Kassari_(Keina)_vallavalitsus, lk 31
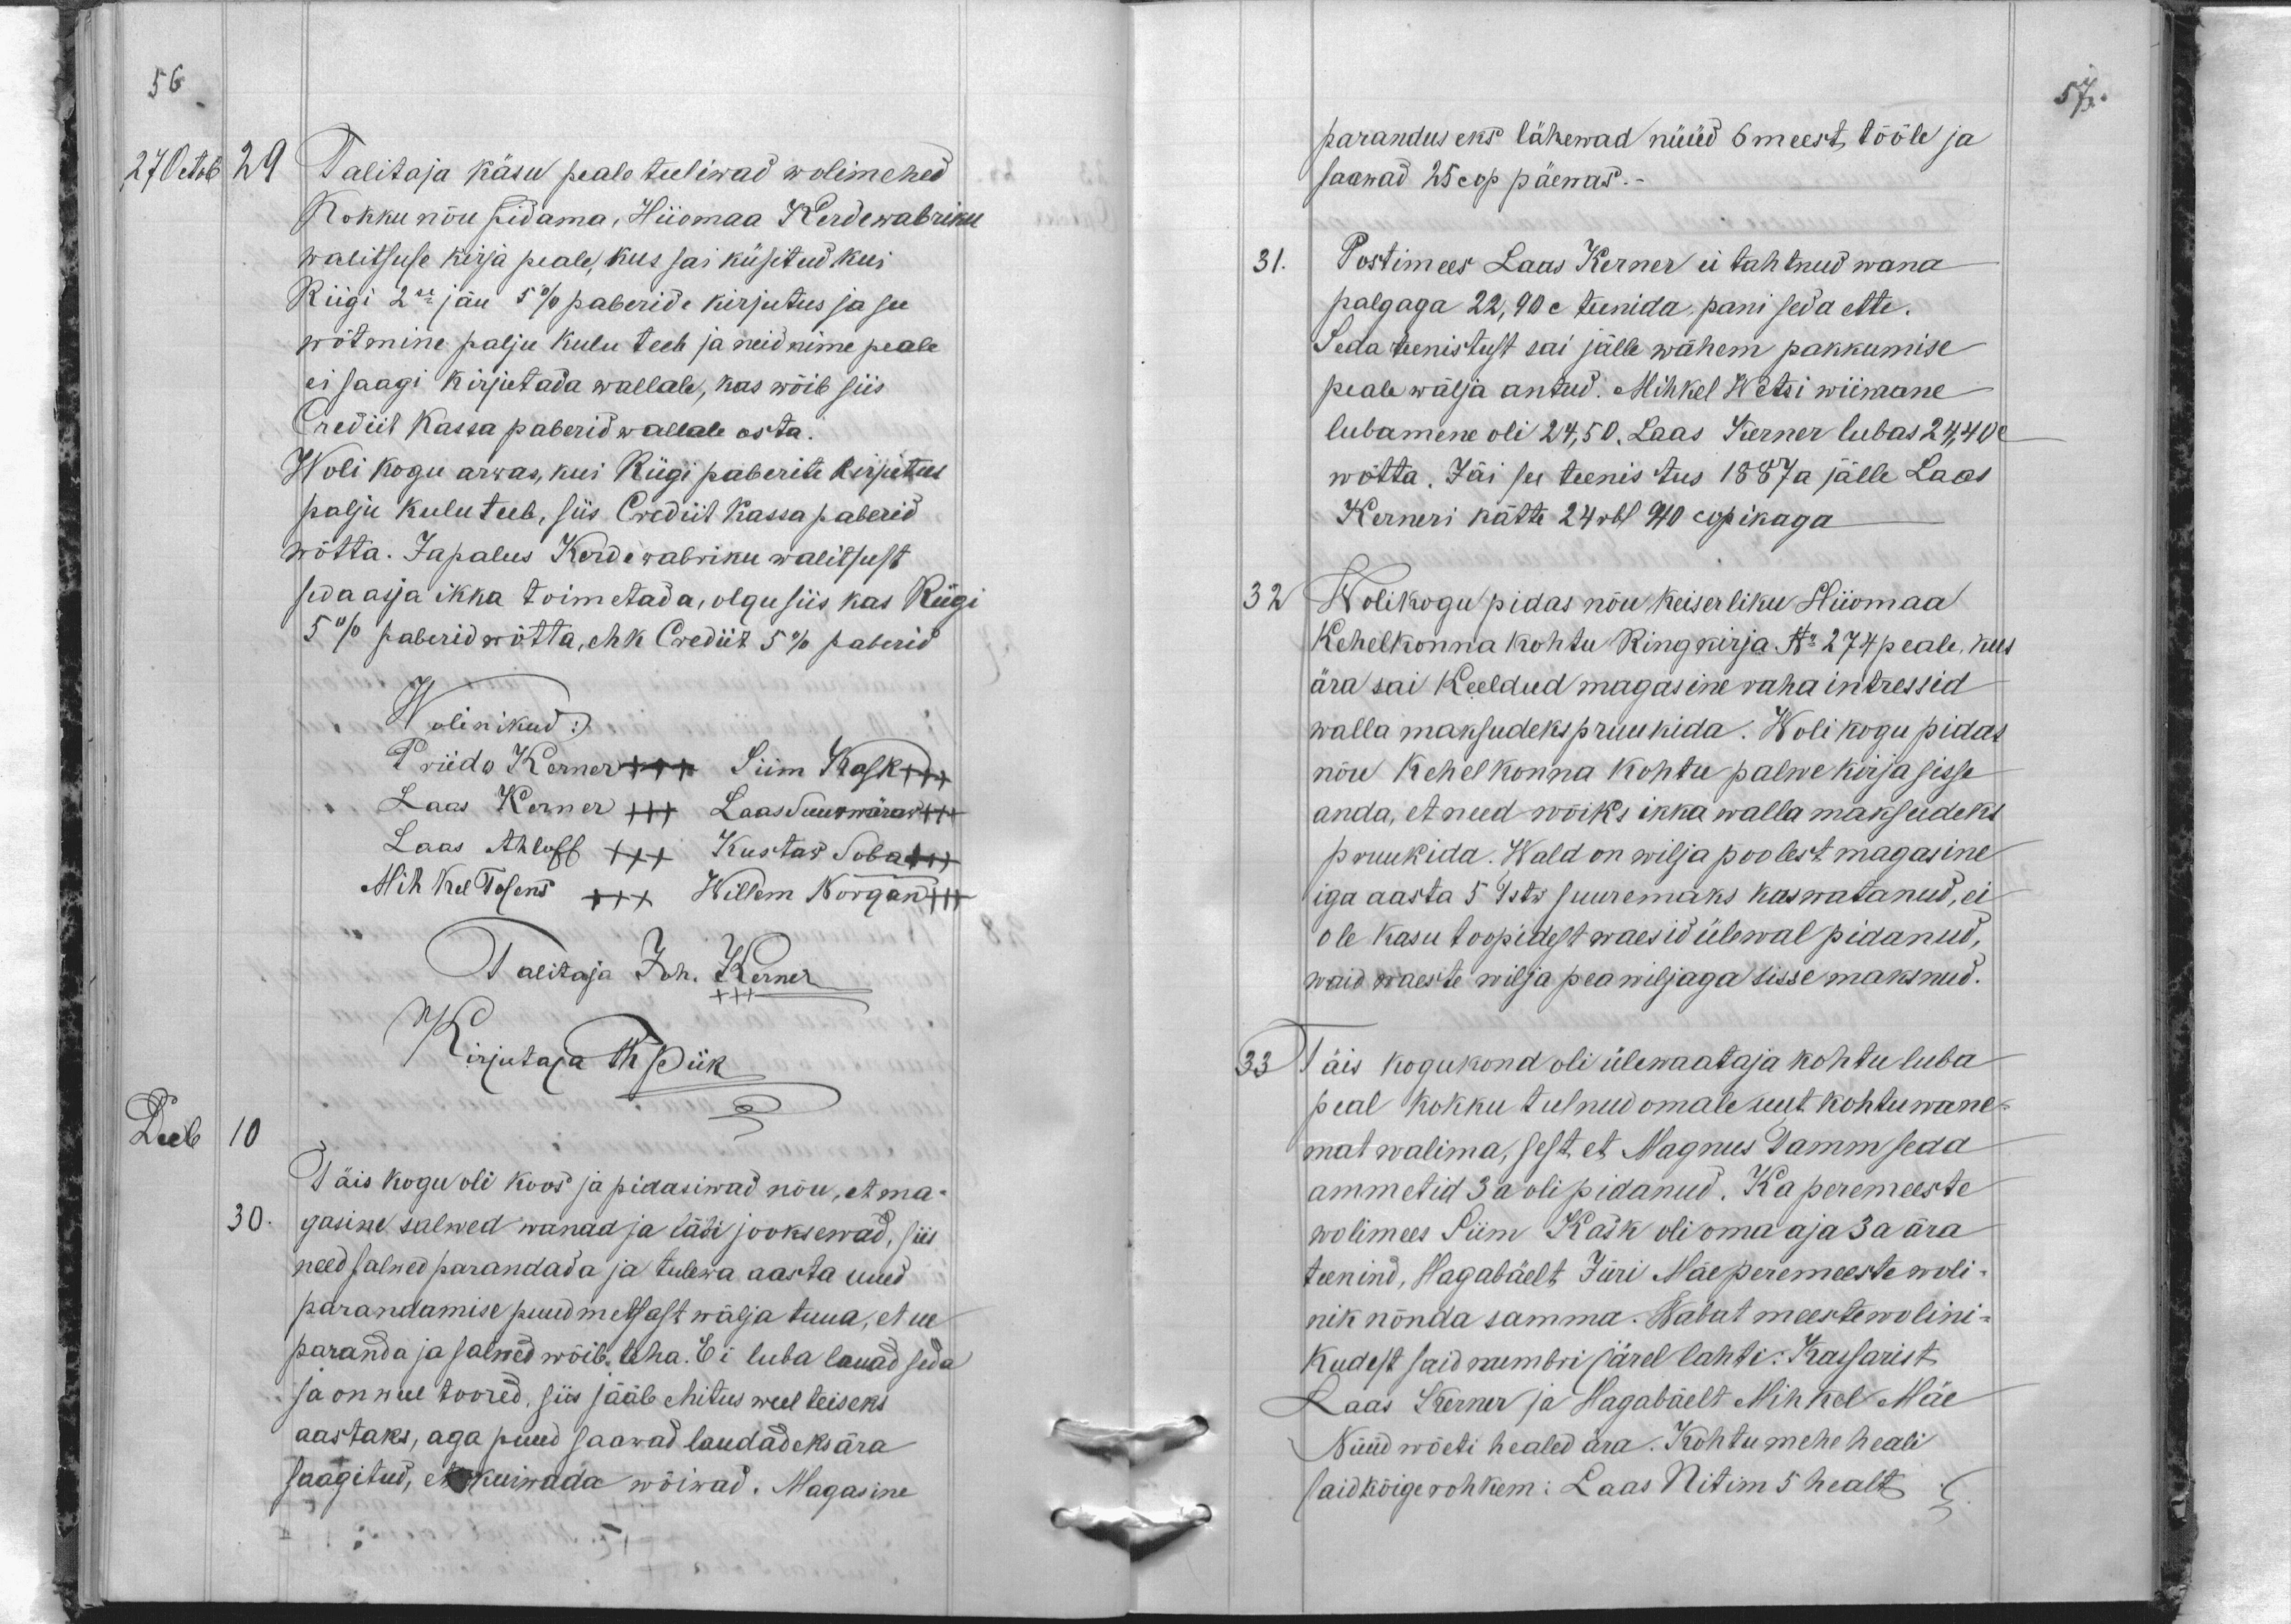
56
27 Octob
29
Talitaja käsu peale tuliwad wolimehed
Kokku nõu pidama, Hiiomaa Kerdewabriku
walitsuse kirja peale, kus sai küsitud kui
Riigi 2se jäu 5% paberide kirjutus ja see
wõtmine palju kulu teeb ja neid nime peale
ei saagi kirjutada wallale, kas wõib siis
Crediit Kassa paberid wallale osta.
Woli kogu arwas, kui Riigi paberite kirjutus
palju kulu teeb, siis Crediit Kassa paberid
wõtta. Ja palus Kerde wabriku walitsust
seda asja ikka toimetada, olgu siis kas Riigi
5% paberid wõtta, ehk Crediit 5% paberid
Wolinikud:
Priido Kerner +++ Siim Kask xxx
Laas Kerner +++ Laas Suurwäraw xxx
Laas Ahloff XXX Kustaw Soba xxx
Mihkell Tosens XXX Willem Norgan +++
Tallitaja Joh. Kerner
Kirjutaja Th Piik
Decb 10
Täis kogu oli koos ja pidasiwad nõu, et ma-
30.
gasine salwed wanad ja läbi jooksewad, siis
need salwed parandada ja tulewa aasta uued
parandamise puud metsast wälja tuua, et ue
paranda ja salwed wõib teha. Ei luba lauad seda
ja on weel toored, siis sääb ehitus weel teiseks
aastaks, aga puud saawad laudadeks ära
saagitud, et kuiwada wõiwad. Magasine

57.
parandus eks lähewad nüüd 6 meest tööle ja
saawad 25 cop päewas.
31.
Postimees Laas Kerner ei tahtnud wana
palgaga 22,90 c teenida, pani seda ette.
Seda teenistust sai jälle wähem pakkumise
peale wälja antud. Mihkel Wetsi wiimane
lubamine oli 24,50. Laas Kerner lubas 24,40 c
wõtta. Jäi see teenistus 1887 a jälle Laas
Kerneri kätte 24 rbl. 40 copikaga
32
Wolikogu pidas nõu keiserliku Hiiomaa
Kehelkonna kohtu Ringkirja No 274 peale, kus
ära sai keeldud magasine raha intressid
walla maksudeks pruukida. Wolikogu pidas
nõu kehelkonna kohtu palwekirja sisse
anda, et need wõiks ikka walla maksudeks
pruukida. Wald on wilja poolest magasine
iga aasta 5 tstw suuremaks kaswatanud, ei
ole kasu toopidest waesid ülewal pidanud,
waid waeste wilja pea wiljaga sisse maksnud.
33
Täis kogukond oli ülewaataja kohtu luba
peal kokku tulnud omale uut kohtu wane-
mat walima, sest et Magnus Tamm seda
ammetid 3 a oli pidanud. Ka peremeeste
wolimees Siin Kask oli oma aja 3 a ära
teenind, Hagabäelt Jüri Mäe peremeeste woli-
nik nõnda samma. Wabat meeste wolini-
kudest said numbri järel lahti: Kassarist
Laas Kerner ja Hagabäelt Mihkel Mäe
Nüüd wõeti healed ära. Kohtumehe heali
said kõige rohkem: Laas Nitim 5 healt